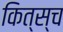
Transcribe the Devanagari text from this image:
कित्स्च